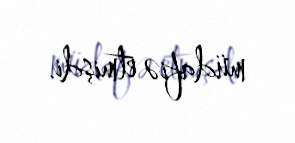
müdafiə etmişdi.